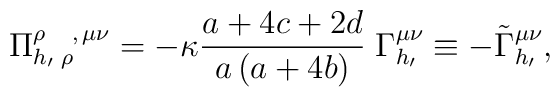
\Pi _{h_{\prime }\;\rho \,}^{\rho \;\;\;\;,\,\mu \nu }=-\kappa\frac{a+4c+2d}{a\left( a+4b\right) }\;\Gamma _{h_{\prime }}^{\mu \nu }\equiv-\tilde \Gamma _{h_{\prime }}^{\mu \nu },